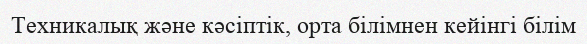
Техникалық және кәсіптік, орта білімнен кейінгі білім